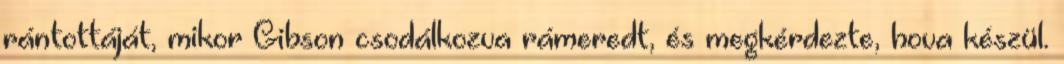
rántottáját, mikor Gibson csodálkozva rámeredt, és megkérdezte, hova készül.